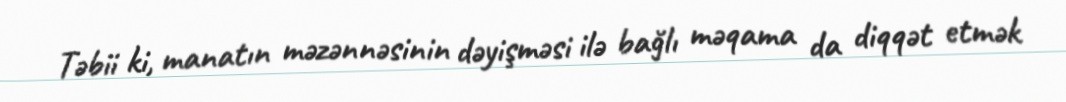
Təbii ki, manatın məzənnəsinin dəyişməsi ilə bağlı məqama da diqqət etmək